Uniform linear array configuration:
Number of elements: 12
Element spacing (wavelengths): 1
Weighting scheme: uniform
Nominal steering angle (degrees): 60
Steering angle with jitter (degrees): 60.301
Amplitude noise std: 0.05
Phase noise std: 0.05

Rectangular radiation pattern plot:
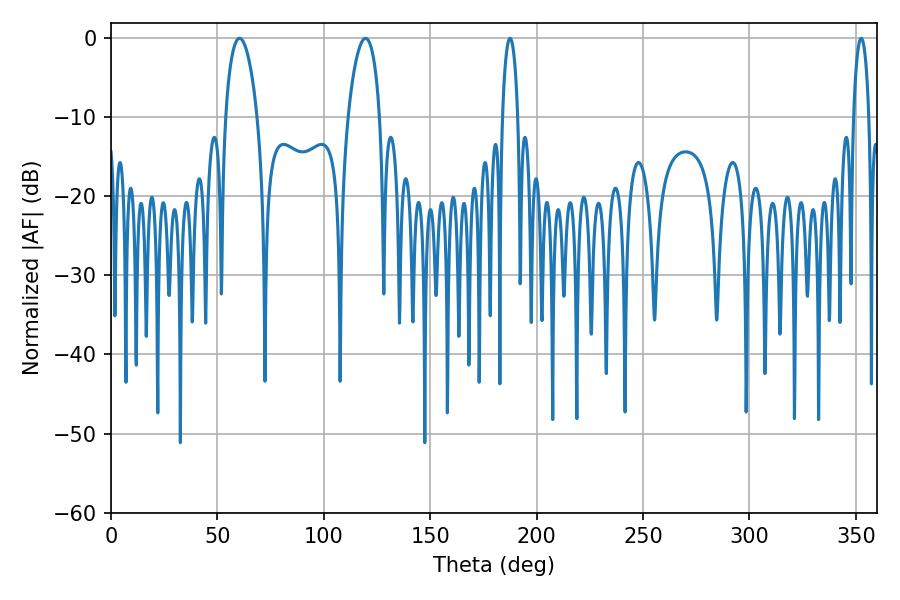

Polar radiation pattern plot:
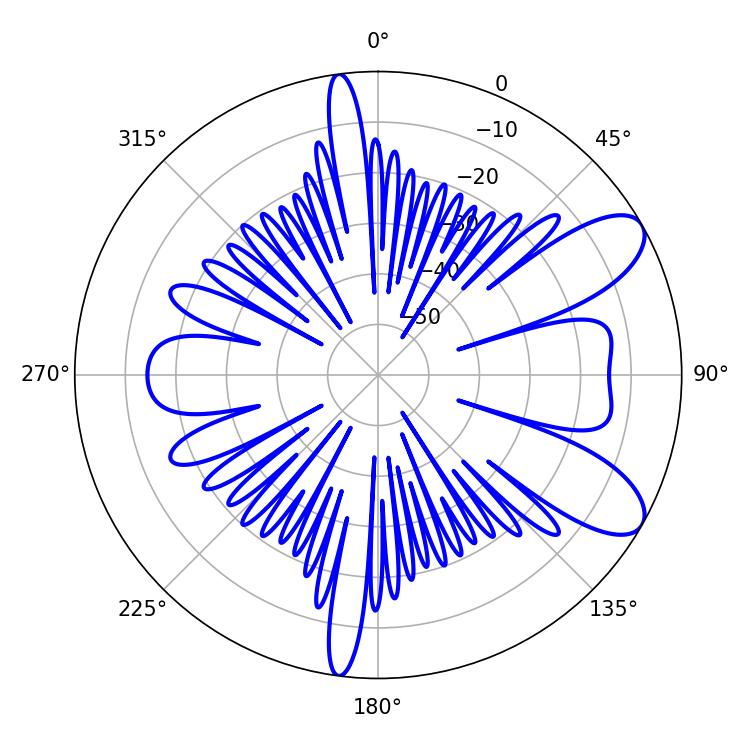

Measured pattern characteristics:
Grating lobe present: TRUE
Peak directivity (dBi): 8.908
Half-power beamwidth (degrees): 8.46
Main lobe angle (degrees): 60.48